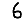
Digit: 6